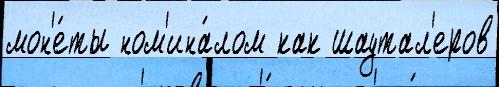
мон'е́ты ном'ина́лом как шаутал'еров